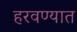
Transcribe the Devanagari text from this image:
हरवण्यात